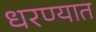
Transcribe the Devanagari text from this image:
धरण्‍यात